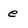
Character: e